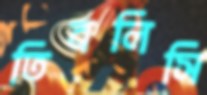
তিবলিসি